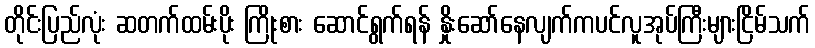
တိုင်းပြည်လုံး ဆတက်ထမ်းပိုး ကြိုးစား ဆောင်ရွက်ရန် နှိုးဆော်နေလျက်ကပင်လူအုပ်ကြီးများငြိမ်သက်